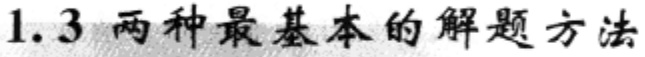
1.3 两种最基本的解题方法